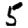
Digit: 5